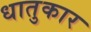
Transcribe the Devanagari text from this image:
धातुकार